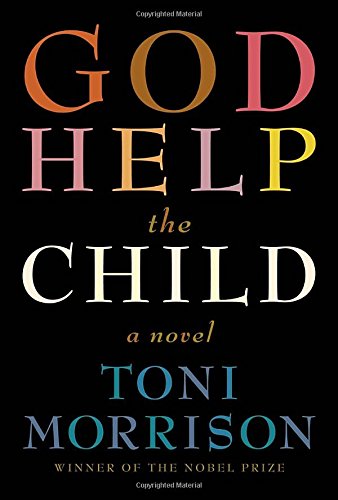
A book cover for God Help the Child: A novel; Toni Morrison; Science Fiction & Fantasy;